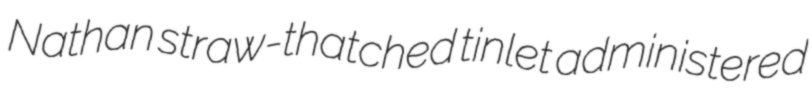
Nathan straw-thatched tinlet administered